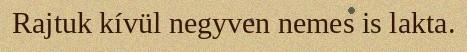
Rajtuk kívül negyven nemes is lakta.